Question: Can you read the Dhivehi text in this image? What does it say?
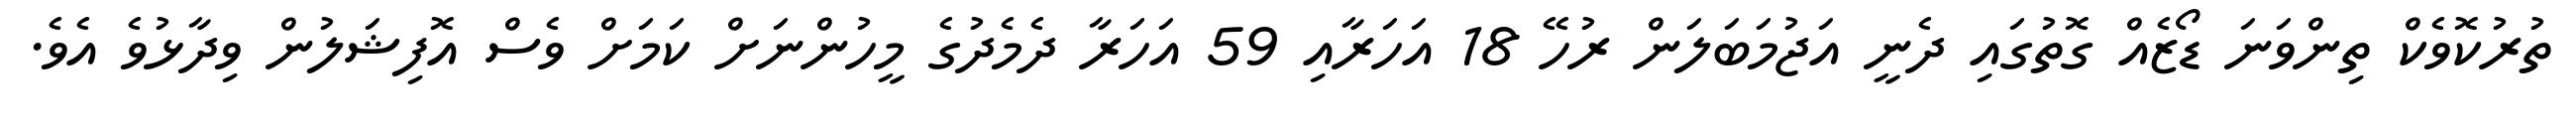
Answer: ތުރުކޮވެކް ތިންވަނަ ޑޯޒެއް ގޮތުގައި ދެނީ އަޖުމަބަލަން ރުހޭ 18 އަހަރާއި 59 އަހަރާ ދެމެދުގެ މީހުންނަށް ކަމަށް ވެސް އޮފިޝަލުން ވިދާޅުވެ އެވެ.